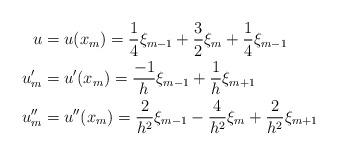
LaTeX: \begin{align*}u&=u(x_m)=\frac{1}{4}\xi_{m-1}+\frac{3}{2}\xi_m+\frac{1}{4}\xi_{m-1} \\u'_m&=u'(x_m)=\frac{-1}{h}\xi_{m-1}+\frac{1}{h}\xi_{m+1} \\u''_m&=u''(x_m)=\frac{2}{h^2}\xi_{m-1}-\frac{4}{h^2}\xi_m+\frac{2}{h^2}\xi_{m+1}\end{align*}